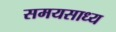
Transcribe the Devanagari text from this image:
समयसाध्य